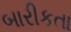
બારીકતા